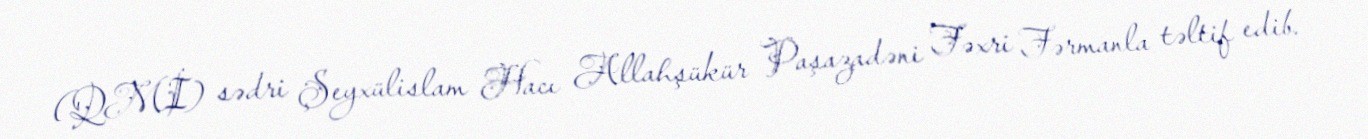
(QMİ) sədri Şeyxülislam Hacı Allahşükür Paşazadəni Fəxri Fərmanla təltif edib.